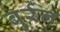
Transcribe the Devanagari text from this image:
बुर्रन